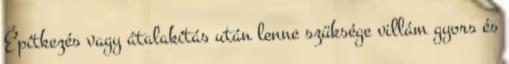
Építkezés vagy átalakítás után lenne szüksége villám gyors és